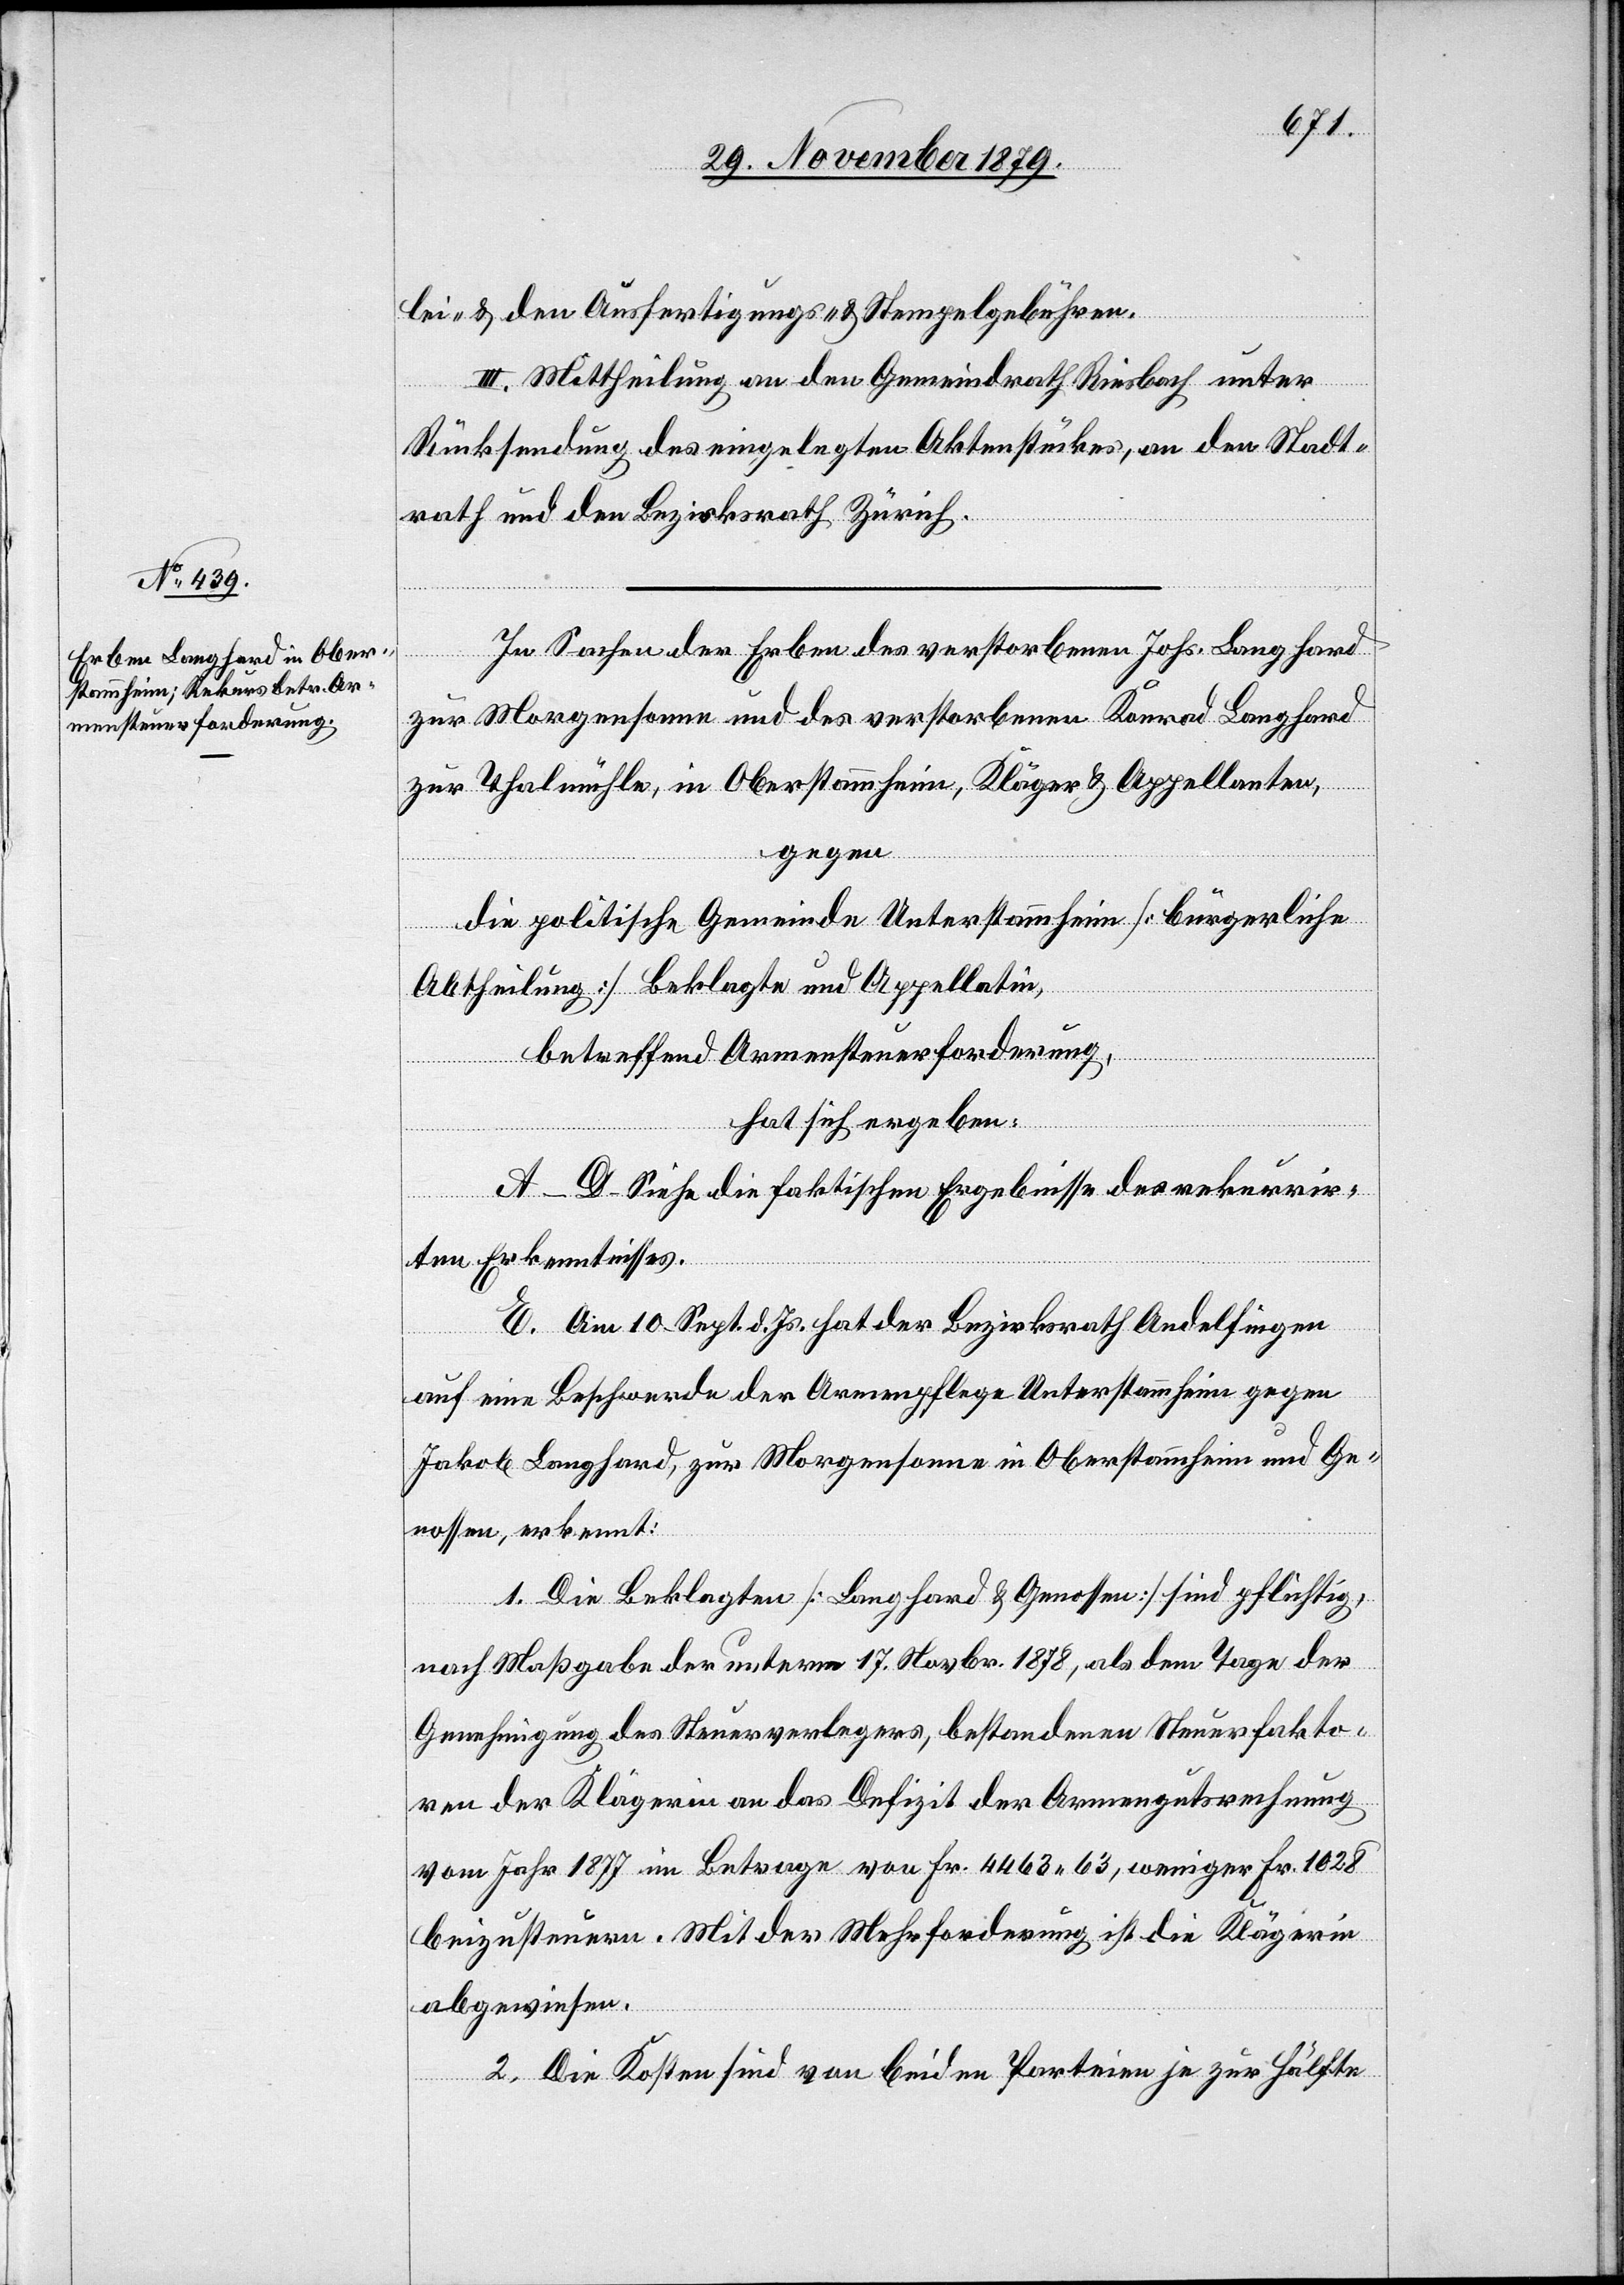
lei- & den Ausfertigungs- & Stempelgebühren.
III. Mittheilung an den Gemeindrath Riesbach unter
Rücksendung des eingelegten Aktenstückes, an den Stadt¬
rath und den Bezirksrath Zürich.
In Sachen der Erben des verstorbenen Johs. Langhard
zur Morgensonne und des verstorbenen Konrad Langhard
zur Thalmühle, in Oberstammheim, Kläger & Appellanten,
gegen
die politische Gemeinde Unterstammheim [bürgerliche
Abtheilung] Beklagte und Appellatin,
betreffend Armensteuerforderung,
hat sich ergeben:
A–D. Siehe die faktischen Ergebnisse des rekurrir¬
ten Erkenntnisses.
E. Am 10. Sept. d. Js. hat der Bezirksrath Andelfingen
auf eine Beschwerde der Armenpflege Unterstammheim gegen
Jakob Langhard, zur Morgensonne in Oberstammheim und Ge¬
nossen, erkennt
1. Die Beklagten [Langhard & Genossen] sind pflichtig,
nach Maßgabe der unterm 17. Novbr. 1878, als dem Tage der
Genehmigung des Steuerverlegers, bestandenen Steuerfakto¬
ren der Klägerin an das Defizit der Armengutsrechnung
vom Jahr 1877 im Betrage von Fr. 4463 63, weniger Fr. 1028
beizusteuern. Mit der Mehrforderung ist die Klägerin
abgewiesen.
2. Die Kosten sind von beiden Parteien je zur Hälfte